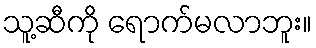
သူ့ဆီကို ရောက်မလာဘူး။